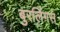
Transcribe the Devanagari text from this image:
बुरलिंगस